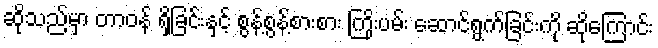
ဆိုသည်မှာ တာဝန် ရှိခြင်းနှင့် စွန့်စွန့်စားစား ကြိုးပမ်း ဆောင်ရွက်ခြင်းကို ဆိုကြောင်း